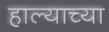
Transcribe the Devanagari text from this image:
हाल्याच्या